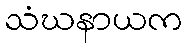
သံဃနာယက